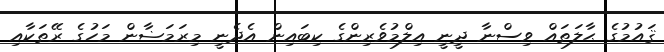
ޤައުމުގެ ޙާލަތައް ވިސްނާ ދީނީ އިލްމުވެރިންގެ ކިބައިން އެދެނީ މިރަމަޟާން މަހުގެ ރޭތަކާއި